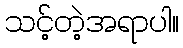
သင့်တဲ့အရာပါ။